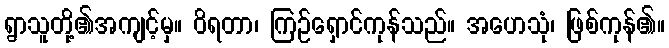
ရွာသူတို့၏အကျင့်မှ။ ဝိရတာ၊ ကြဉ်ရှောင်ကုန်သည်။ အဟေသုံ၊ ဖြစ်ကုန်၏။